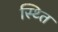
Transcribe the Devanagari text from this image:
स्थ्‍ति